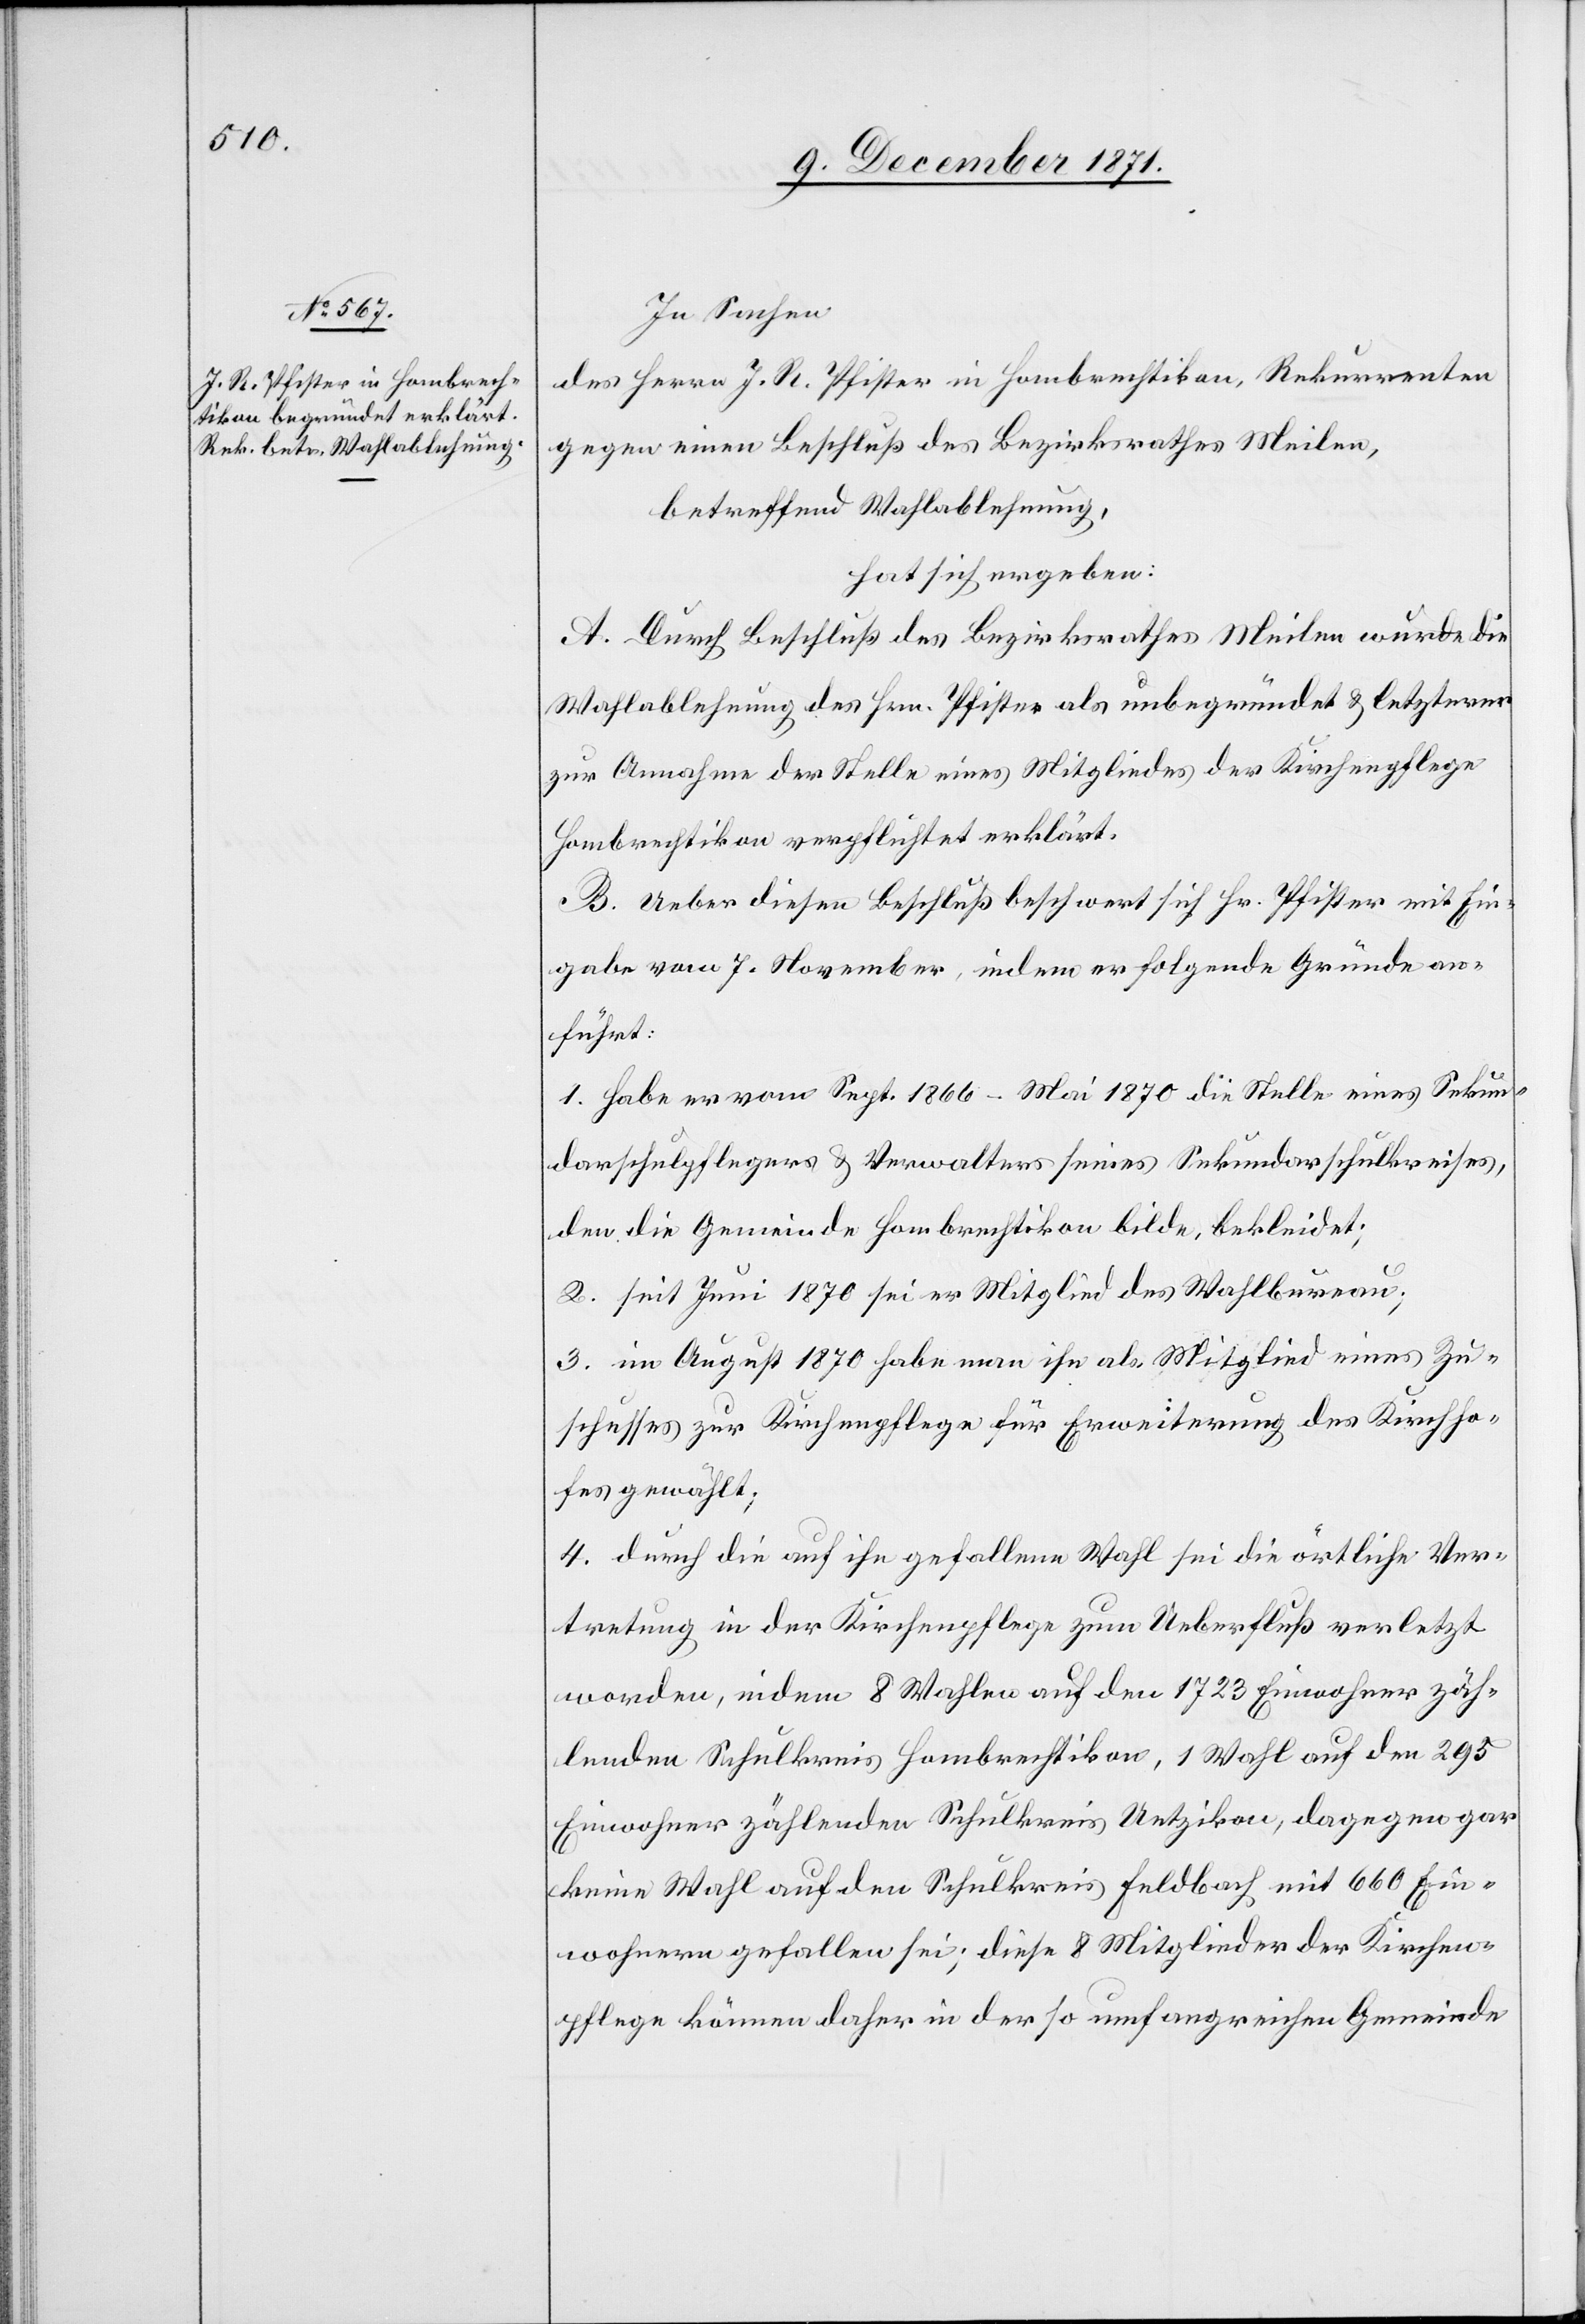
In Sachen
des Herrn J. R. Pfister in Hombrechtikon, Rekurrenten
gegen einen Beschluß des Bezirksrathes Meilen,
betreffend Wahlablehnung,
hat sich ergeben:
A. Durch Beschluß des Bezirksrathes Meilen wurde die
Wahlablehnung des Hrn. Pfister als unbegründet & letzterer
zur Annahme der Stelle eines Mitgliedes der Kirchenpflege
Hombrechtikon verpflichtet erklärt.
B. Ueber diesen Beschluß beschwert sich Hr. Pfister mit Ein¬
gabe vom 7. November, indem er folgende Gründe an¬
führt:
1. habe er vom Sept. 1866 – Mai 1870 die Stelle eines Sekun¬
darschulpflegers & Verwalter seines Sekundarschulkreises,
den die Gemeinde Hombrechtikon bilde, bekleidet;
2. seit Juni 1870 sei er Mitglied des Wahlbureau;
3. im August 1870 habe man ihn als Mitglied eines Zu¬
schusses zur Kirchenpflege für Erweiterung des Kirchho¬
fes gewählt.
4. durch die auf ihn gefallene Wahl sei die örtliche Ver¬
tretung in der Kirchenpflege zum Ueberfluß verletzt
worden, indem 8 Wahlen auf den 1723 Einwohner zäh¬
lenden Schulkreis Hombrechtikon, 1 Wahl auf den 295
Einwohner zählenden Schulkreis Uetzikon, dagegen gar
keine Wahl auf den Schulkreis Feldbach mit 660 Ein¬
wohner gefallen sei; diese 8 Mitglieder der Kirchen¬
pflege können daher in der so umfangreichen Gemeinde